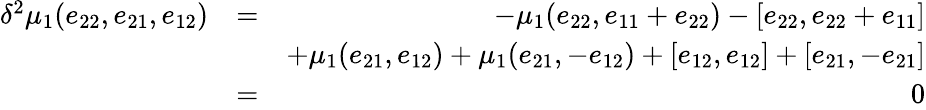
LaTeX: \begin{array}{rlr}{\delta^{2}\mu_{1}(e_{22},e_{21},e_{12})}&{=}&{-\mu_{1}(e_{22},e_{11}+e_{22})-[e_{22},e_{22}+e_{11}]}\\ &{}&{+\mu_{1}(e_{21},e_{12})+\mu_{1}(e_{21},-e_{12})+[e_{12},e_{12}]+[e_{21},-e_{21}]}\\ &{=}&{0}\end{array}